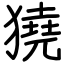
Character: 獟